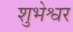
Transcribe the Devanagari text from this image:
शुभेश्वर